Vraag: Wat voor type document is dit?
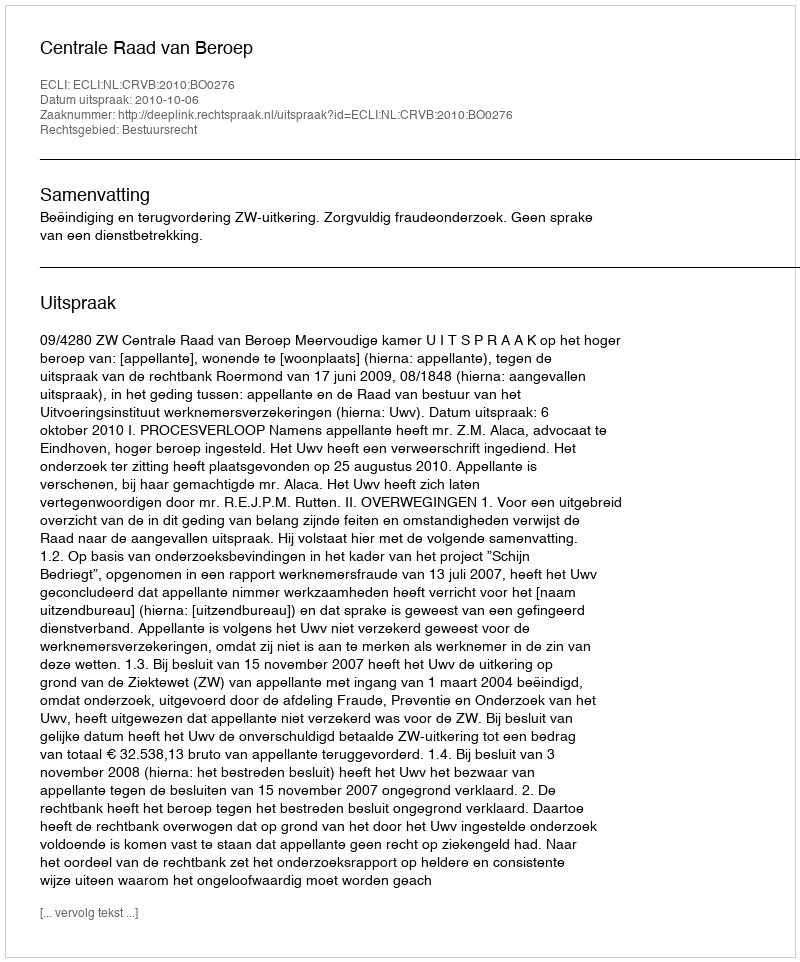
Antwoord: Uitspraak